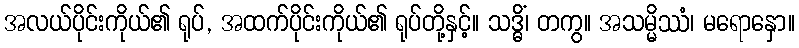
အလယ်ပိုင်းကိုယ်၏ ရုပ်, အထက်ပိုင်းကိုယ်၏ ရုပ်တို့နှင့်။ သဒ္ဓိံ၊ တကွ။ အသမ္မိဿံ၊ မရောနှော။